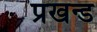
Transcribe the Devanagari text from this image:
प्रखन्ड